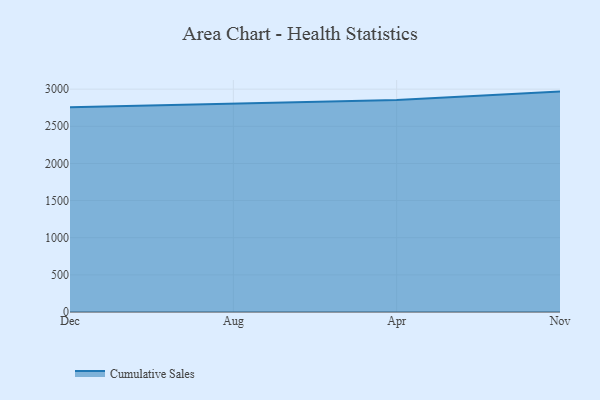
{"axis": {"x": "Month", "y": "Temperature (°C)"}, "legend": ["Cumulative Sales"], "data": [{"x": "Dec", "y": 2756.2, "type": "Cumulative Sales"}, {"x": "Aug", "y": 2801.2, "type": "Cumulative Sales"}, {"x": "Apr", "y": 2854.8, "type": "Cumulative Sales"}, {"x": "Nov", "y": 2966.9, "type": "Cumulative Sales"}]}